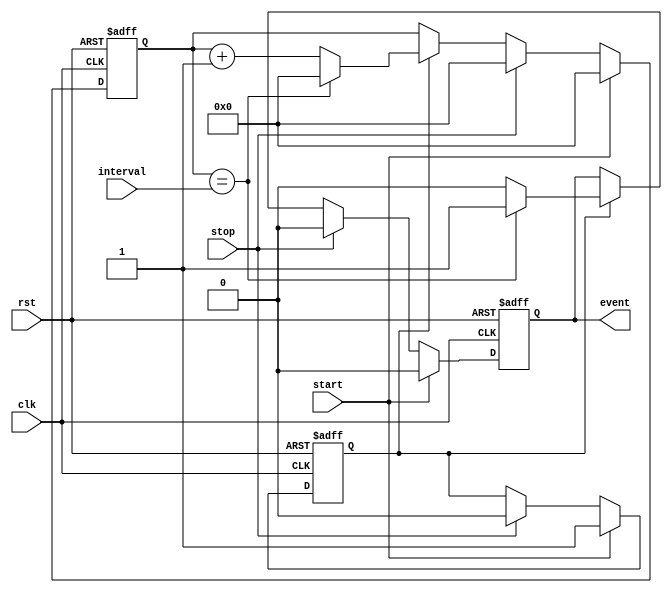
module event_timer (
    input wire clk,
    input wire rst,
    input wire start,
    input wire stop,
    input wire [7:0] interval,
    output wire event
);

reg [31:0] counter;
reg event_reg;
reg start_reg;

always @(posedge clk or posedge rst) begin
    if (rst) begin
        counter <= 32'b0;
        event_reg <= 1'b0;
        start_reg <= 1'b0;
    end else begin
        if (start) begin
            start_reg <= 1'b1;
            counter <= 32'b0;
            event_reg <= 1'b0;
        end else if (stop) begin
            start_reg <= 1'b0;
            counter <= 32'b0;
            event_reg <= 1'b0;
        end else begin
            if (start_reg) begin
                if (counter == interval) begin
                    event_reg <= 1'b1;
                    counter <= 32'b0;
                end else begin
                    event_reg <= 1'b0;
                    counter <= counter + 1;
                end
            end
        end
    end
end

assign event = event_reg;

endmodule